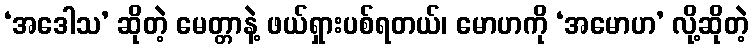
‘အဒေါသ’ ဆိုတဲ့ မေတ္တာနဲ့ ဖယ်ရှားပစ်ရတယ်၊ မောဟကို ‘အမောဟ’ လို့ဆိုတဲ့